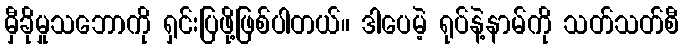
မှီခိုမှုသဘောကို ရှင်းပြဖို့ဖြစ်ပါတယ်။ ဒါပေမဲ့ ရုပ်နဲ့နာမ်ကို သတ်သတ်စီ